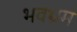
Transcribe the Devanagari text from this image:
भवभ्रम